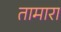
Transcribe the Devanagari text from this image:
तामारा